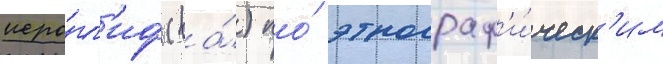
иеро́гл'иф (ва́) по́ этнограф'и́ческ'им